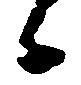
日